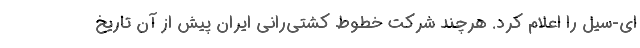
ای-سیل را اعلام کرد. هرچند شرکت خطوط کشتی‌رانی ایران پیش از آن تاریخ